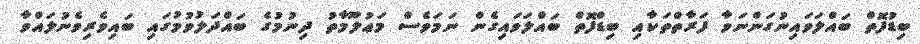
ބިޑުފޮތް ބައްލަވައިނުގަންނަވާ ފަރާތްތަކާއި ބިޑްފޮތް ބައްލަވައިގެން ނަމަވެސް މަޢުލޫމާތު ދިނުމުގެ ބައްދަލުވުމުގައި ބައިވެރިވެނުލައްވާ